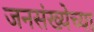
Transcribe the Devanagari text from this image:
जनसंख्येच्या